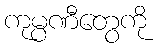
ကုမ္ပဏီတွေကို